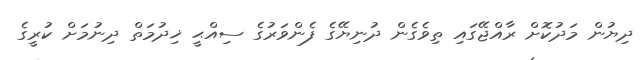
ދިޔުން މަދުކޮށް ރާއްޖޭގައި ތިވެގެން ދުނިޔޭގެ ފެންވަރުގެ ސިއްޙީ ޚިދުމަތް ދިނުމަށް ކުރީގެ